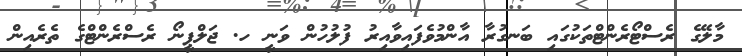
މާލޭގެ ރެސްޓޯރެންޓްތަކުގައި ބަނގުރާ އާންމުވެފައިވާއިރު ފުލުހުން ވަނީ ހ. ޖަލްޕީނޯ ރެސްރެންޓްގެ ތެރެއިން